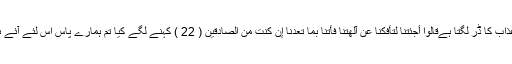
مجھے تمہارے بارے میں بڑے دن کے عذاب کا ڈر لگتا ہےقَالُوا أَجِئْتَنَا لِتَأْفِكَنَا عَنْ آلِهَتِنَا فَأْتِنَا بِمَا تَعِدُنَا إِن كُنتَ مِنَ الصَّادِقِينَ ( 22 ) کہنے لگے کیا تم ہمارے پاس اس لئے آئے ہو کہ ہم کو ہمارے معبودوں سے پھیر دو۔